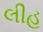
લીહ